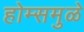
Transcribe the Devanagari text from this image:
होम्समुळे